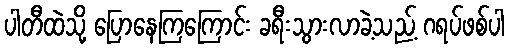
ပါတီထဲသို့ ပြောနေကြကြောင်း ခရီးသွားလာခဲ့သည့် ဂရပ်ဖစ်ပါ